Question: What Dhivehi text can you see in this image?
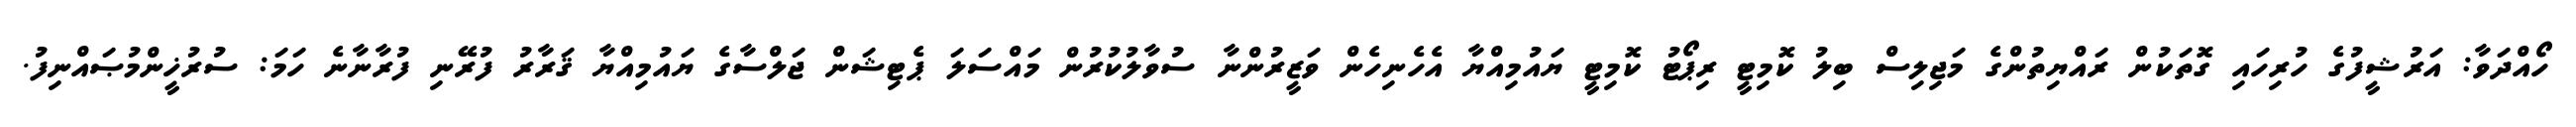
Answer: ހޯއްދަވާ: އަރުޝީފުގެ ހުރިހައި ގޮތަކުން ރައްޔިތުންގެ މަޖިލިސް ބިލު ކޮމިޓީ ރިޕޯޓު ކޮމިޓީ ޔައުމިއްޔާ އެހެނިހެން ވަޒީރުންނާ ސުވާލުކުރުން މައްސަލަ ޕެޓިޝަން ޖަލްސާގެ ޔައުމިއްޔާ ޤަރާރު ފުރޭނި ފުރާނާނެ ހަމަ: ސުރުޚީންމުޞައްނިފު.